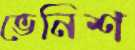
ভেনিশ